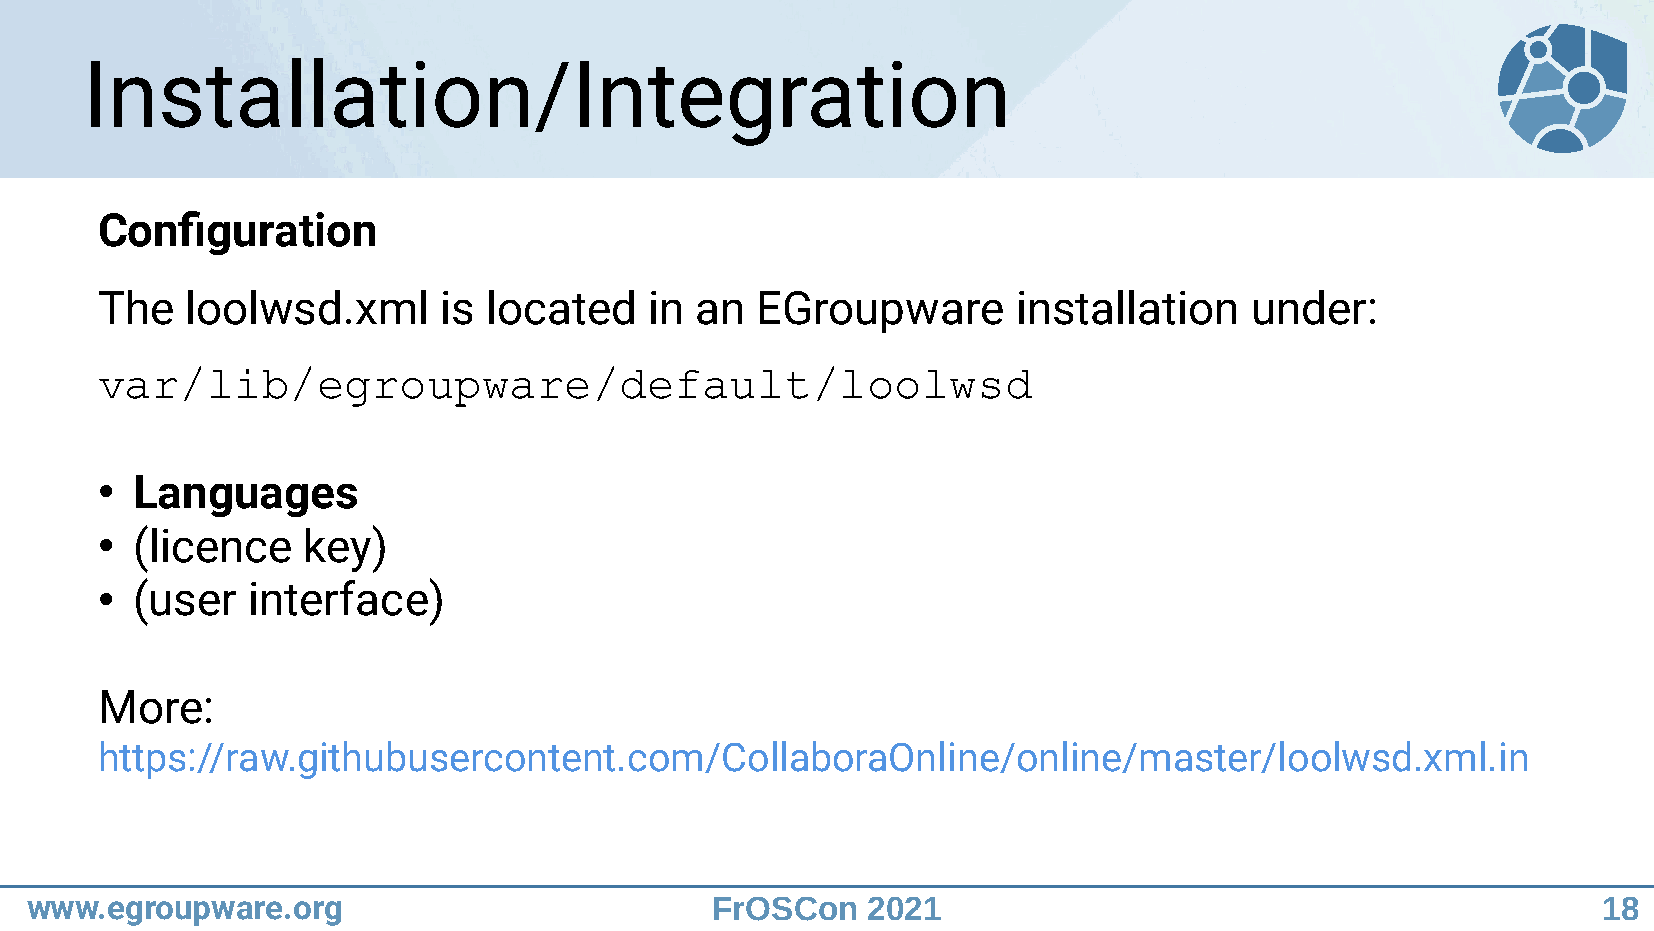
Installation/Integration
 Configuration
 The   loolwsd.xml      is located    in an  EGroupware       installation    under:
 var/lib/egroupware/default/loolwsd
 Languages
 ●
 (licence   key)
 ●
 (user  interface)
 ●
 More:
 https://raw.githubusercontent.com/CollaboraOnline/online/master/loolwsd.xml.in
 www.egroupware.org                           FrOSCon   2021                                             18